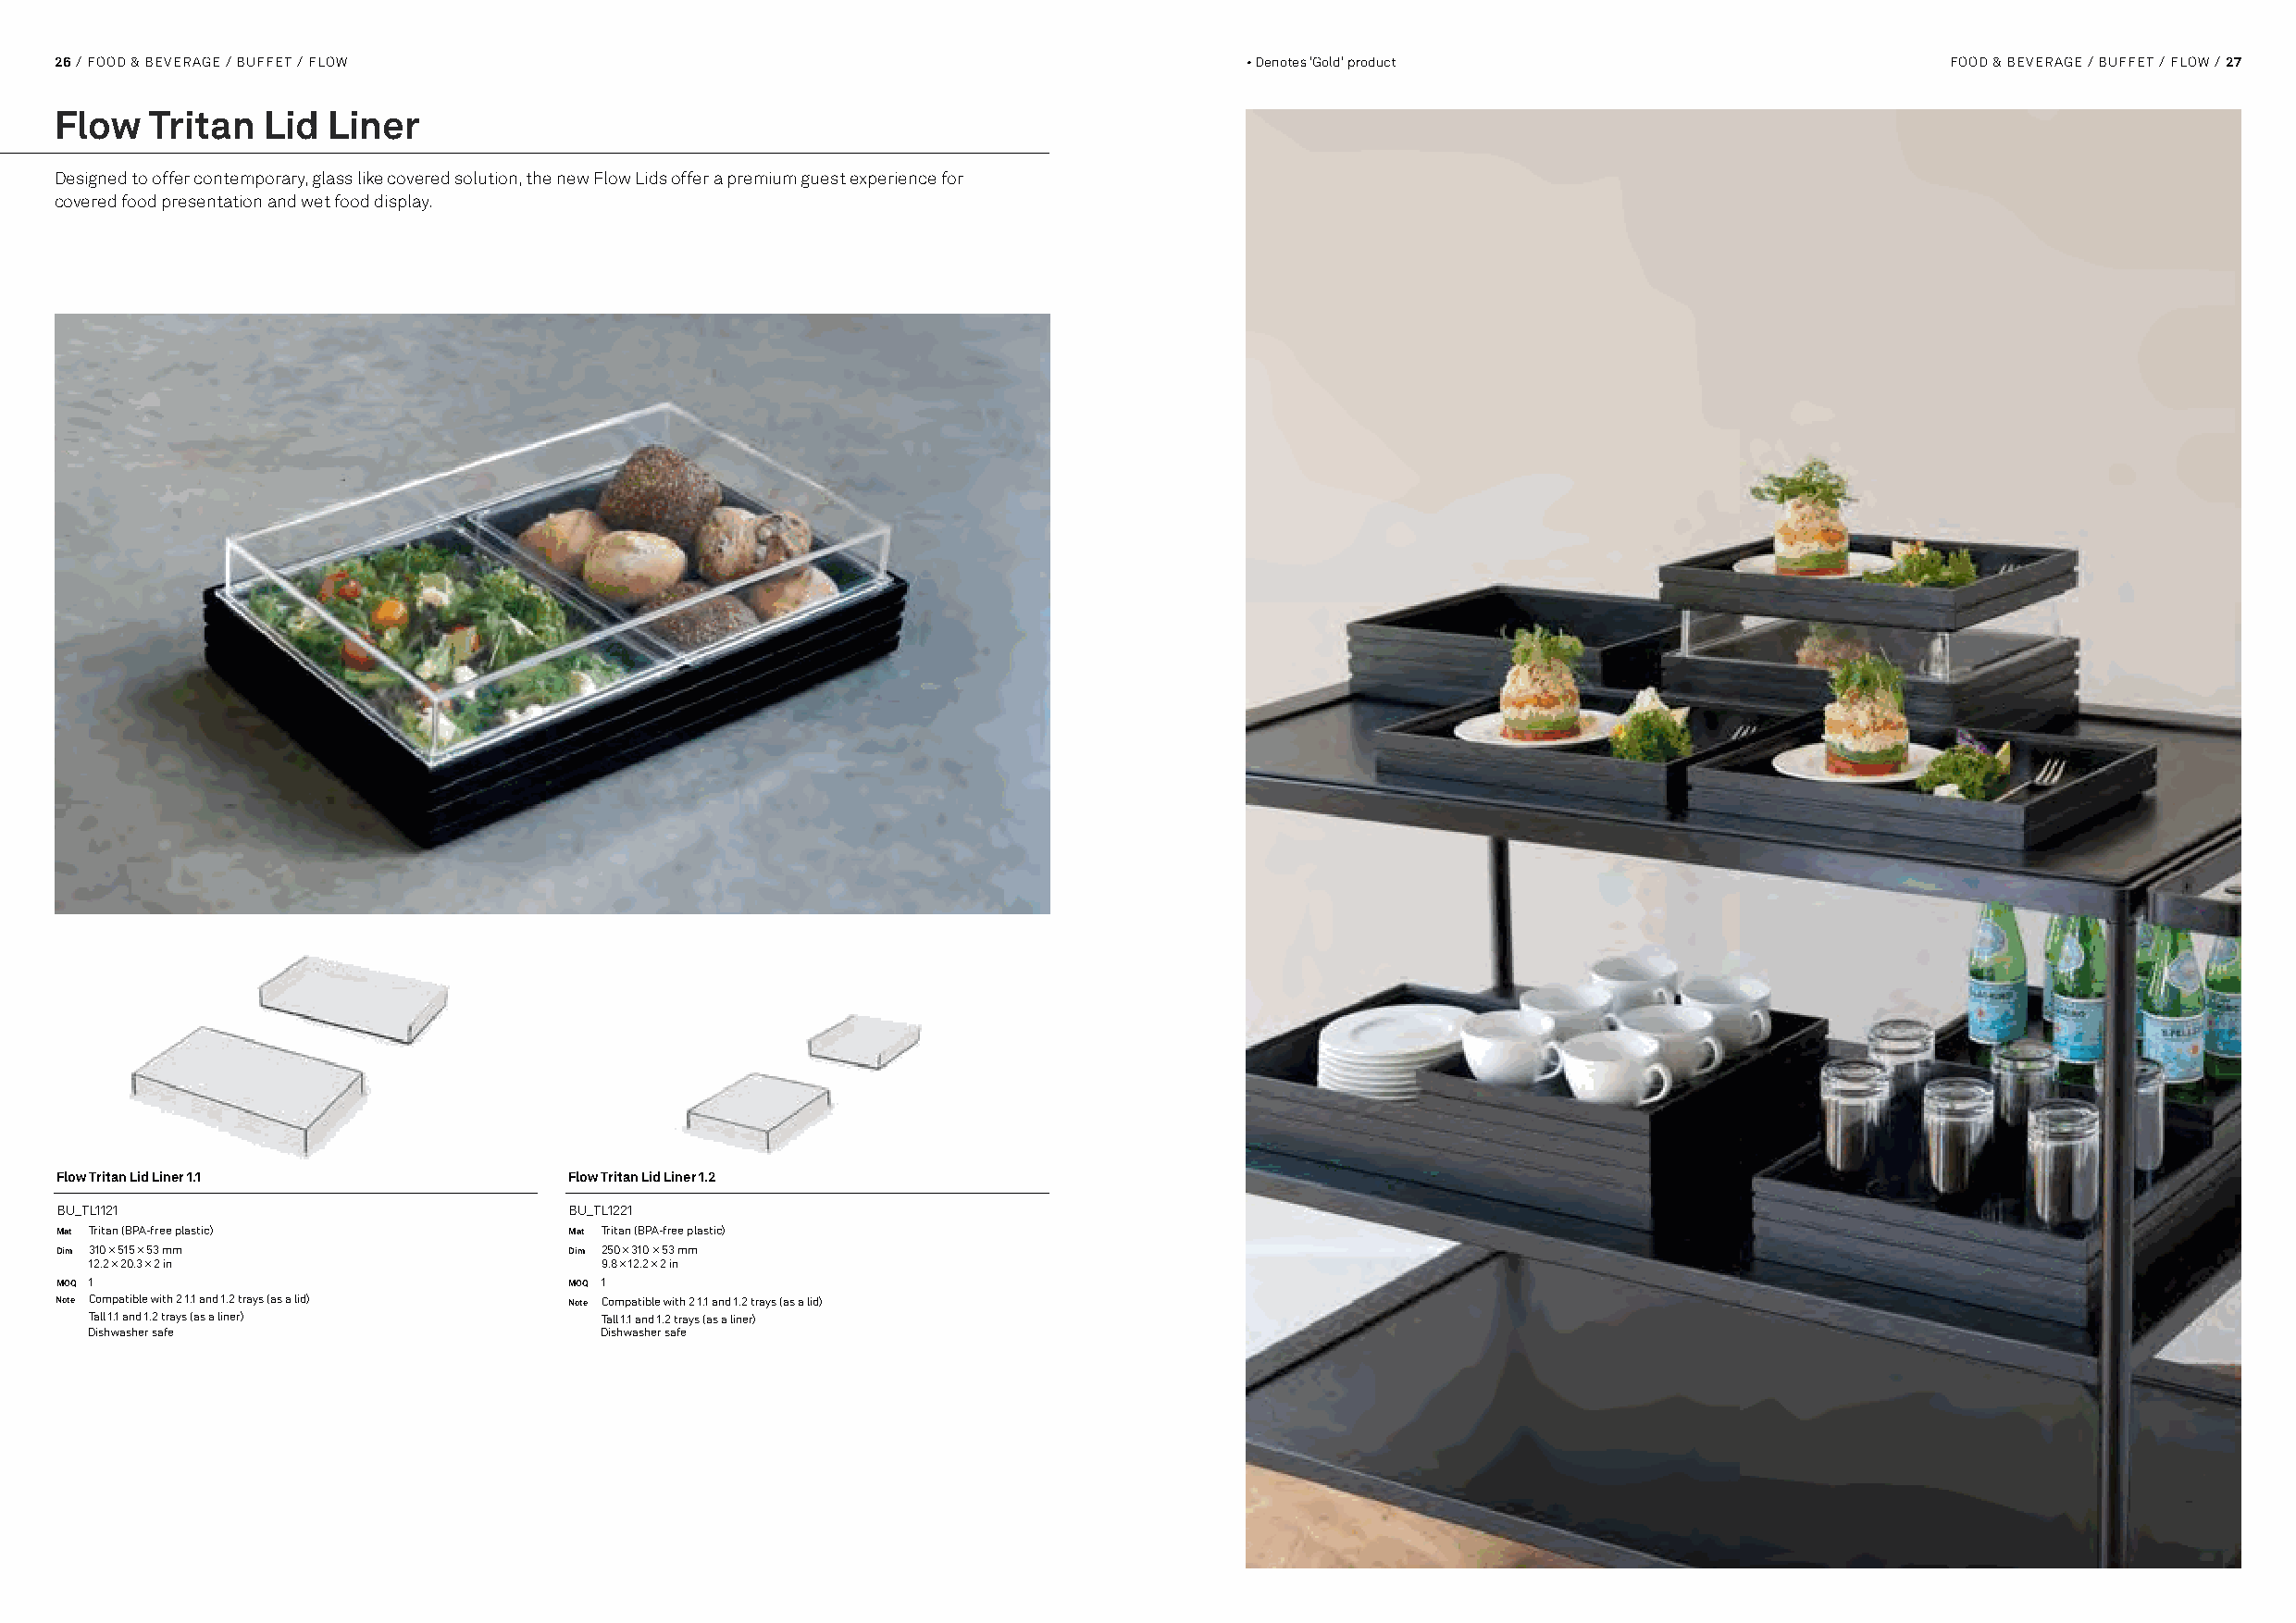
26 / FOOD & BEVERAGE / BUFFET / FLOW                                                 • Denotes 'Gold' product                          FOOD & BEVERAGE / BUFFET / FLOW / 27
 Flow   Tritan  Lid Liner
 Designed to offer contemporary, glass like covered solution, the new Flow Lids offer a premium guest experience for
 covered food presentation and wet food display.
 Flow Tritan Lid Liner 1.1            Flow Tritan Lid Liner 1.2
 BU_TL1121                            BU_TL1221
 Mat Tritan (BPA-free plastic)        Mat Tritan (BPA-free plastic)
 Dim 310 × 515 × 53 mm                Dim 250 × 310 × 53 mm
 12.2 × 20.3 × 2 in                   9.8 × 12.2 × 2 in
 MOQ 1                                MOQ 1
 Note Compatible with 2 1.1 and 1.2 trays (as a lid) Note Compatible with 2 1.1 and 1.2 trays (as a lid)
 Tall 1.1 and 1.2 trays (as a liner)  Tall 1.1 and 1.2 trays (as a liner)
 Dishwasher safe                      Dishwasher safe